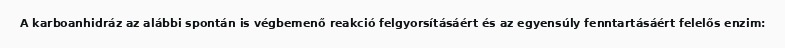
A karboanhidráz az alábbi spontán is végbemenő reakció felgyorsításáért és az egyensúly fenntartásáért felelős enzim: